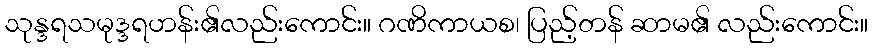
သုန္ဒရသမုဒ္ဒရဟန်း၏လည်းကောင်း။ ဂဏိကာယစ၊ ပြည့်တန် ဆာမ၏ လည်းကောင်း။